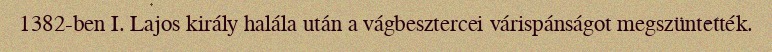
1382-ben I. Lajos király halála után a vágbesztercei várispánságot megszüntették.